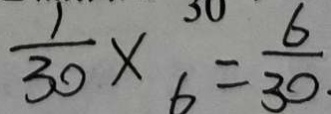
\frac { 1 } { 3 0 } \times 6 = \frac { 6 } { 3 0 }